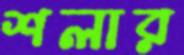
শলার